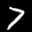
Label: 7